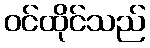
ဝင်ထိုင်သည်